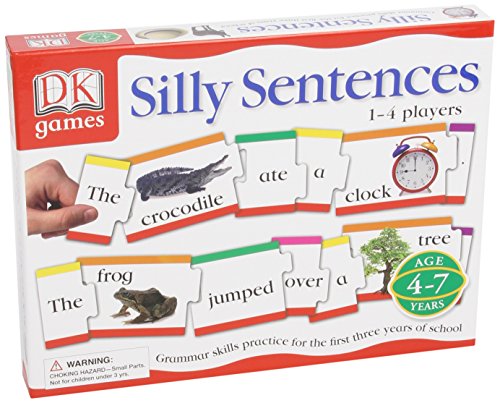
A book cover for DK Games: Silly Sentences; DK; Children's Books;